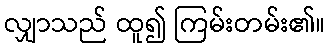
လျှာသည် ထူ၍ ကြမ်းတမ်း၏။